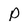
Character: p